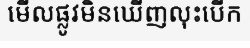
មើលផ្លូវមិនឃើញលុះបើក